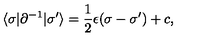
\langle \sigma | \partial ^ { - 1 } | \sigma ^ { \prime } \rangle = \frac { 1 } { 2 } \epsilon ( \sigma - \sigma ^ { \prime } ) + c ,